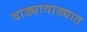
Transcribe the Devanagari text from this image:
वाड्यावाड्यात